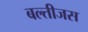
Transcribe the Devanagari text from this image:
बल्तीजस